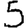
Digit: 5